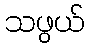
သဖွယ်